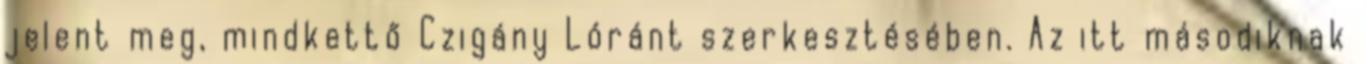
jelent meg, mindkettő Czigány Lóránt szerkesztésében. Az itt másodiknak